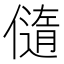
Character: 𠏍